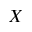
X